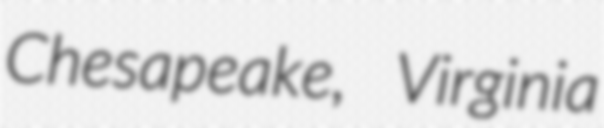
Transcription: Chesapeake, Virginia